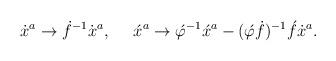
LaTeX: \begin{align*}\dot{x}{}^a \rightarrow \dot{f}{}^{-1}\dot{x}{}^a,\,\,\,\,\,\,\,\, \acute{x}^a \rightarrow\acute{\varphi}{}^{-1}\acute{x}{}^a -(\acute{\varphi}\dot{f}){}^{-1}\acute{f}\dot{x}{}^a.\end{align*}